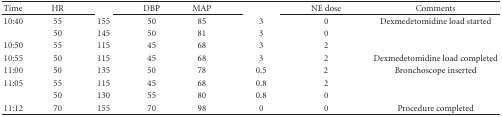
<table><thead><tr><td><b>Time</b></td><td><b>HR</b></td><td>[EMPTY_CELL]</td><td><b>DBP</b></td><td><b>MAP</b></td><td>[EMPTY_CELL]</td><td><b>NE dose</b></td><td><b>Comments</b></td></tr></thead><tbody><tr><td>10:40</td><td>55</td><td>155</td><td>50</td><td>85</td><td>3</td><td>0</td><td>Dexmedetomidine load started</td></tr><tr><td>[EMPTY_CELL]</td><td>50</td><td>145</td><td>50</td><td>81</td><td>3</td><td>0</td><td>[EMPTY_CELL]</td></tr><tr><td>10:50</td><td>55</td><td>115</td><td>45</td><td>68</td><td>3</td><td>2</td><td>[EMPTY_CELL]</td></tr><tr><td>10:55</td><td>50</td><td>115</td><td>45</td><td>68</td><td>3</td><td>2</td><td>Dexmedetomidine load completed</td></tr><tr><td>11:00</td><td>50</td><td>135</td><td>50</td><td>78</td><td>0.5</td><td>2</td><td>Bronchoscope inserted</td></tr><tr><td>11:05</td><td>55</td><td>115</td><td>45</td><td>68</td><td>0.8</td><td>2</td><td>[EMPTY_CELL]</td></tr><tr><td>[EMPTY_CELL]</td><td>50</td><td>130</td><td>55</td><td>80</td><td>0.8</td><td>0</td><td>[EMPTY_CELL]</td></tr><tr><td>11:12</td><td>70</td><td>155</td><td>70</td><td>98</td><td>0</td><td>0</td><td>Procedure completed</td></tr></tbody></table>